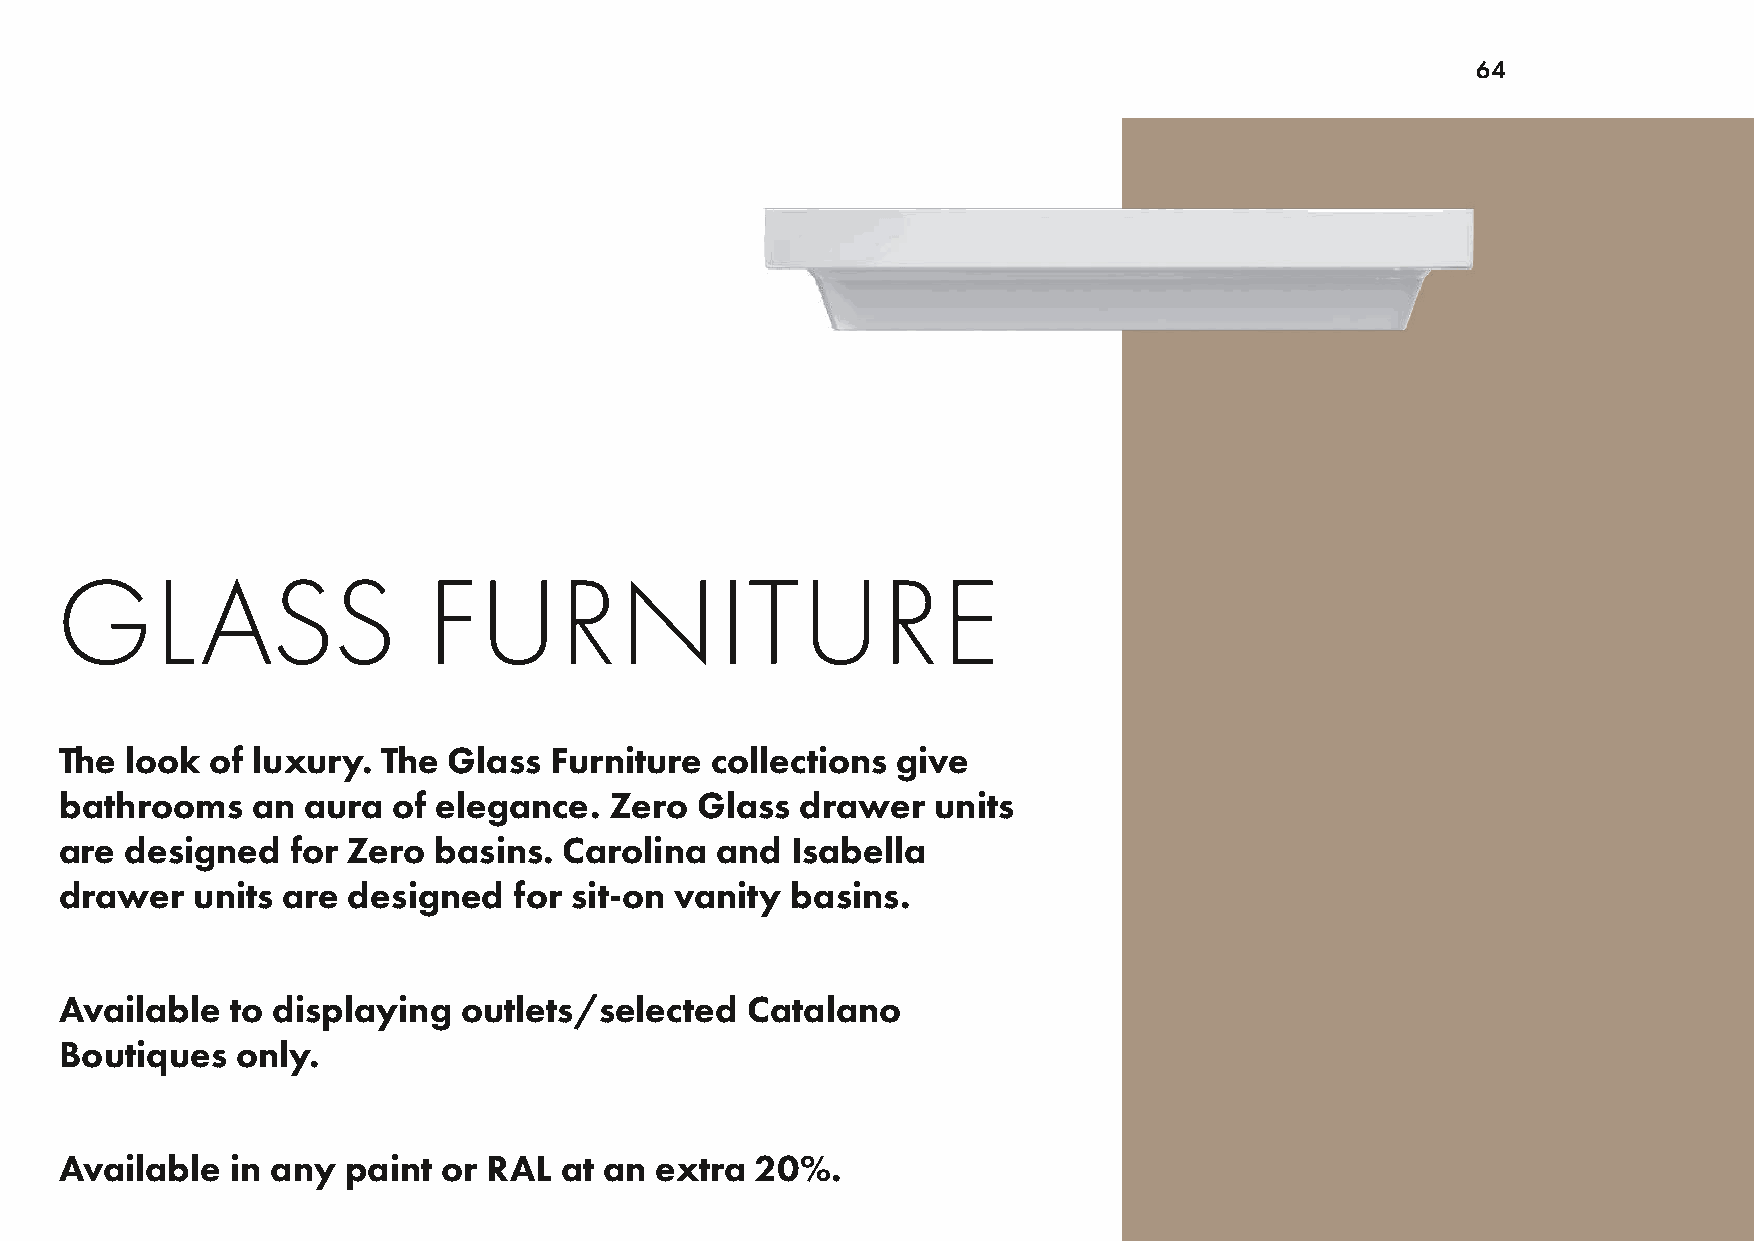
64
 GLASS                   FURNITURE
 The look  of luxury. The  Glass Furniture  collections give
 bathrooms    an aura  of elegance.  Zero  Glass  drawer   units
 are designed   for Zero  basins. Carolina  and  Isabella
 drawer   units are designed   for sit-on vanity basins.
 Available  to displaying   outlets/selected  Catalano
 Boutiques   only.
 Available  in any  paint or RAL  at an extra  20%.